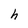
Character: t